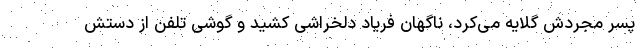
پسر مجردش گلایه می‌کرد، ناگهان فریاد دلخراشی کشید و گوشی تلفن از دستش